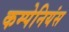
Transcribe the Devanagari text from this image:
कम्पेनियंस